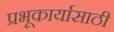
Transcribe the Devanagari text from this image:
प्रभूकार्यासाठी